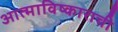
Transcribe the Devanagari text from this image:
आत्माविष्काराची